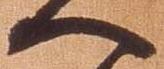
へ